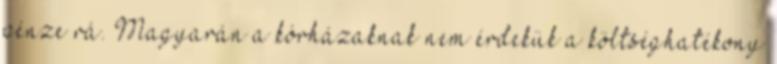
pénze rá. Magyarán a kórházaknak nem érdekük a költséghatékony